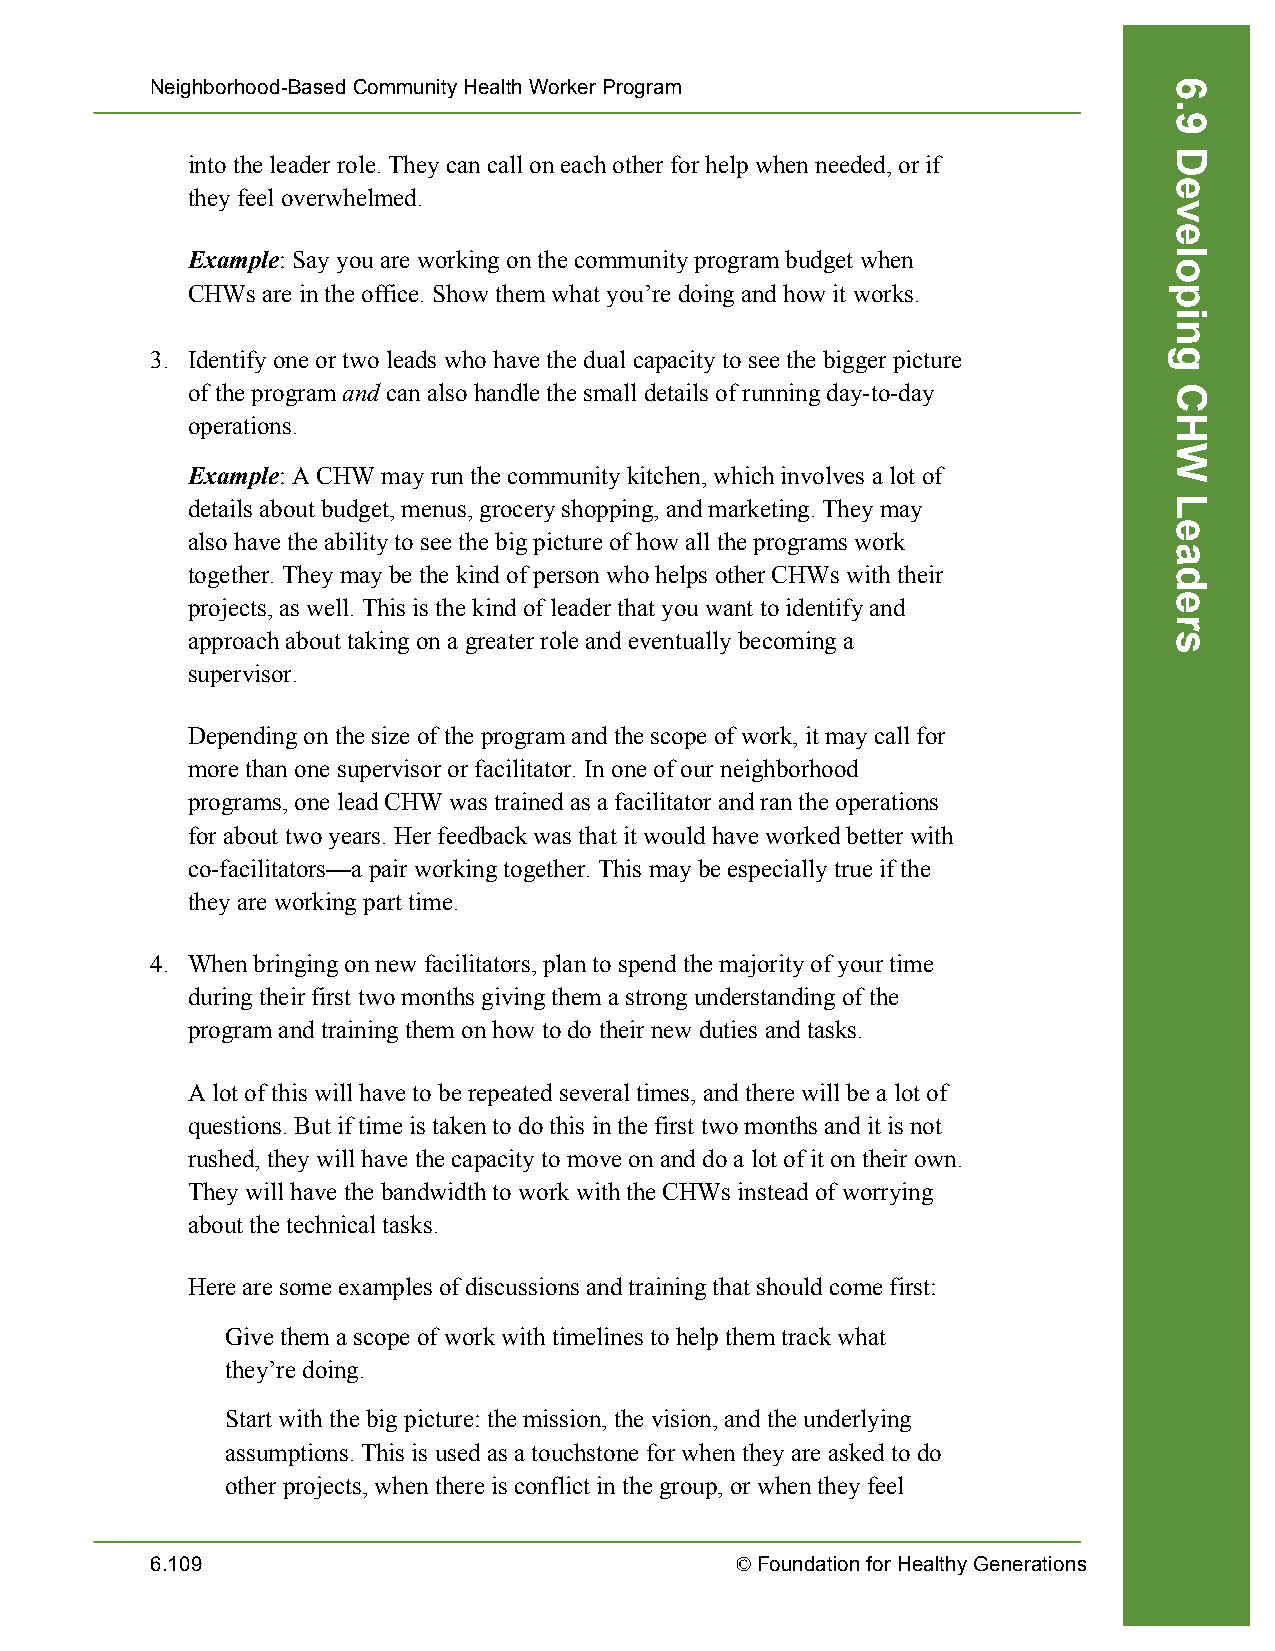
Neighborhood-Based Community Health Worker Program
 into the leader role. They can call on each other for help when needed, or if
 they feel overwhelmed.
 Example: Say you are working on the community program budget when
 CHWs are in the office. Show them what you’re doing and how it works.
 3. Identify one or two leads who have the dual capacity to see the bigger picture
 of the program and can also handle the small details of running day-to-day
 operations.
 Example: A CHW may run the community kitchen, which involves a lot of
 details about budget, menus, grocery shopping, and marketing. They may
 also have the ability to see the big picture of how all the programs work
 together. They may be the kind of person who helps other CHWs with their
 projects, as well. This is the kind of leader that you want to identify and
 approach about taking on a greater role and eventually becoming a
 supervisor.
 Depending on the size of the program and the scope of work, it may call for
 more than one supervisor or facilitator. In one of our neighborhood
 programs, one lead CHW was trained as a facilitator and ran the operations
 for about two years. Her feedback was that it would have worked better with
 co-facilitators—a pair working together. This may be especially true if the
 they are working part time.
 4. When bringing on new facilitators, plan to spend the majority of your time
 during their first two months giving them a strong understanding of the
 program and training them on how to do their new duties and tasks.
 A lot of this will have to be repeated several times, and there will be a lot of
 questions. But if time is taken to do this in the first two months and it is not
 rushed, they will have the capacity to move on and do a lot of it on their own.
 They will have the bandwidth to work with the CHWs instead of worrying
 about the technical tasks.
 Here are some examples of discussions and training that should come first:
 Give them a scope of work with timelines to help them track what
 they’re doing.
 Start with the big picture: the mission, the vision, and the underlying
 assumptions. This is used as a touchstone for when they are asked to do
 other projects, when there is conflict in the group, or when they feel
 6.109                                  © Foundation for Healthy Generations
 6.9
 Developing
 CHW
 Leaders